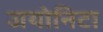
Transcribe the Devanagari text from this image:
जयोनिटा